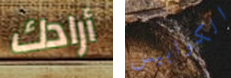
أرادك الكوابيس